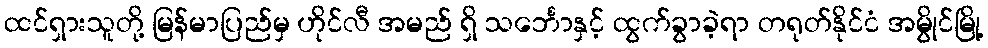
ထင်ရှားသူတို့ မြန်မာပြည်မှ ဟိုင်လီ အမည် ရှိ သင်္ဘောနှင့် ထွက်ခွာခဲ့ရာ တရုတ်နိုင်ငံ အမွိုင်မြို့